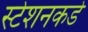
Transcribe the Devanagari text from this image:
स्टेशनकडे